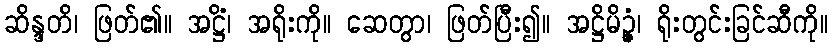
ဆိန္ဒတိ၊ ဖြတ်၏။ အဋ္ဌိံ၊ အရိုးကို။ ဆေတွာ၊ ဖြတ်ပြီး၍။ အဋ္ဌိမိဉ္ဇံ၊ ရိုးတွင်းခြင်ဆီကို။